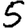
Digit: 5